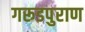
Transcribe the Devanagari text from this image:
गरूडपुराण